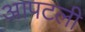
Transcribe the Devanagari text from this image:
आपटली